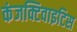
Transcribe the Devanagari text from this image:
कंजक्टिवाइटिस